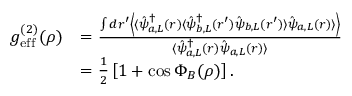
\begin{array} { r l } { g _ { \mathrm { e f f } } ^ { ( 2 ) } ( \boldsymbol { \rho } ) } & { = \frac { \int d \boldsymbol { r } ^ { \prime } \left\langle \langle \hat { \psi } _ { a , L } ^ { \dagger } ( \boldsymbol { r } ) \langle \hat { \psi } _ { b , L } ^ { \dagger } ( \boldsymbol { r } ^ { \prime } ) \hat { \psi } _ { b , L } ( \boldsymbol { r } ^ { \prime } ) \rangle \hat { \psi } _ { a , L } ( \boldsymbol { r } ) \rangle \right\rangle } { \langle \hat { \psi } _ { a , L } ^ { \dagger } ( \boldsymbol { r } ) \hat { \psi } _ { a , L } ( \boldsymbol { r } ) \rangle } } \\ & { = \frac { 1 } { 2 } \left[ 1 + \cos \Phi _ { B } ( \boldsymbol { \rho } ) \right] . } \end{array}